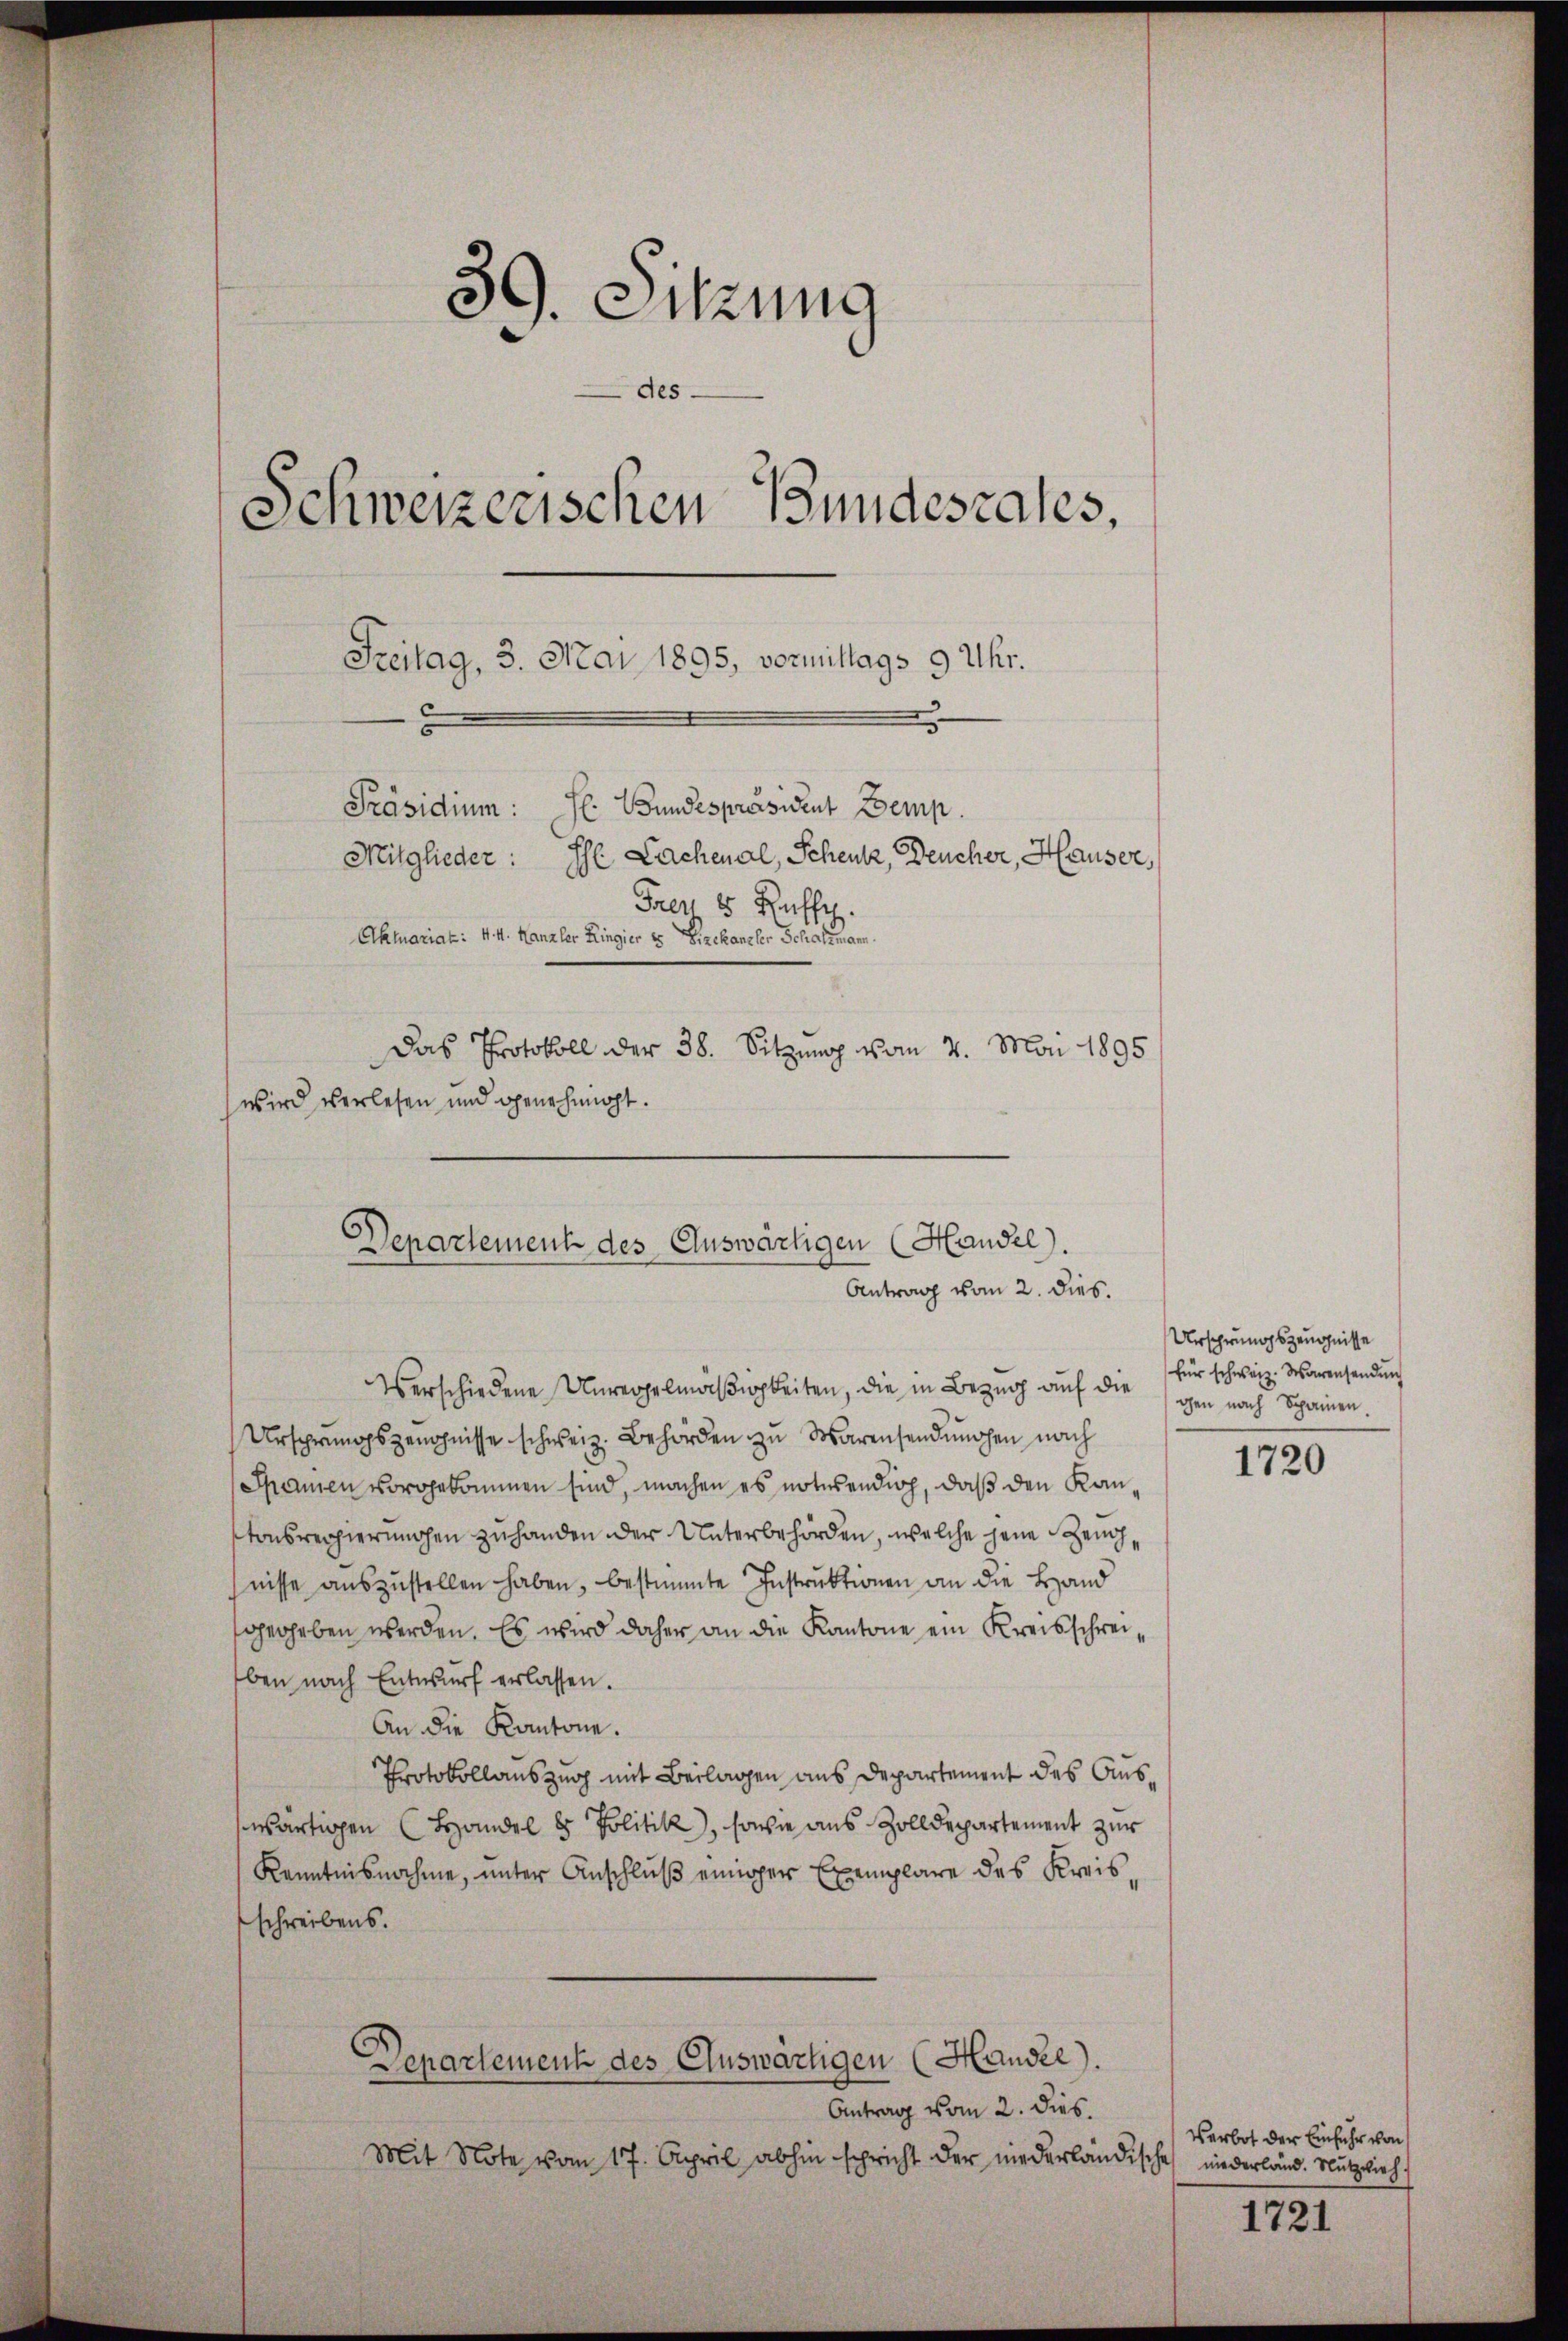
39. Sitzung
des
Schweizerischen Bundescales,
Freitag, 3. Mai 1895, vormittags 9 Uhr.
Präsidium: H. Bundespräsident Demp.
Mitglieder: Ihl Lachenal, Schenk, Deucher, Hauser,
Faen 5 Russe
Aktuariat: 4. M. Kanzler Ringier es Vizekanzler Schatzmann.
Das Protokoll der 38. Sitzung vom 7. Mai 1895
wird verlesen und genehmigt.

Departement des Auswärtigen (Handel).
Antrag vom 2. dies.

Verschiedene Unregelmäβigkeiten, die in Bezŭg aŭf die gen nach Spannen.
Ursprungsgenohnisse schweiz. Behörden zu Warensendungen nach
Spanien vorgekommen sind, machen es notwendig, daß den Kantonsregierungen zuhanden der Unterbehörden, welche jene Zeichnisse aŭszŭstellen haben, bestimmte Instruktionen an die Hand
gegeben werden. Es wird daher an die Kantone ein Kreisschreiben nach Entwurf erlassen.
An die Kantone.
Protokollauszug mit Beilagen aus Departement des Ausswärtigen Handel 8 Politik, sowie aus Zolldepartement zur
Kenntnisnahme, unter Anschluß einiger Exemplare des Kreisschreibens.
Departement des Eluswärtigen (Handel).
Antrag vom 2. dies.
Mit Note vom 17. April abhin spricht der niederländische niederland. Nützlich.

Urschrungszeugnisse
für schweiz. Warensendŭng

1720

Verbot der Einfuhr von

1721